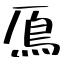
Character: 鳫